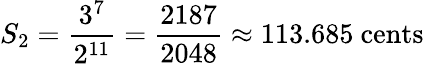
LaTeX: S_{2}={\frac{3^{7}}{2^{11}}}={\frac{2187}{2048}}\approx 113.685\ {\mathrm{cents}}